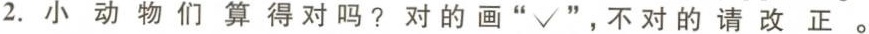
2.小动物们算得对吗？对的画“√”，不对的请改正。